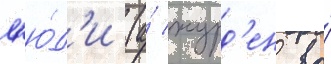
л'ю́д'и (а́ журд'ен во́